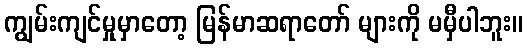
ကျွမ်းကျင်မှုမှာတော့ မြန်မာဆရာတော် များကို မမှီပါဘူး။